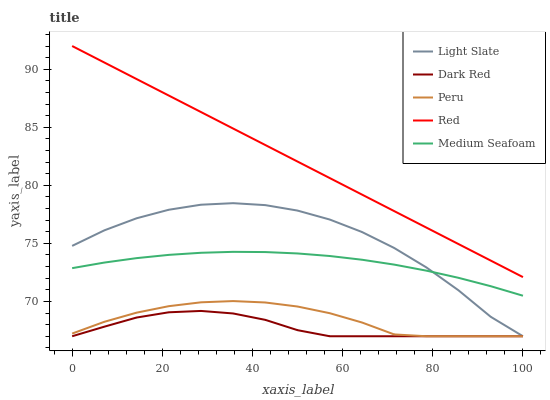
| xaxis_label | Light Slate | Dark Red | Peru | Red | Medium Seafoam |
 | --- | --- | --- | --- | --- | --- |
 | 0 | 74.8 | 67 | 67.2 | 92 | 72.9 |
 | 7.14 | 76.1 | 67.8 | 68.2 | 90.6 | 73.3 |
 | 14.3 | 77.2 | 68.6 | 69 | 89.2 | 73.7 |
 | 21.4 | 77.9 | 69.1 | 69.6 | 87.7 | 74 |
 | 28.6 | 78.3 | 69.2 | 69.9 | 86.3 | 74.2 |
 | 35.7 | 78.5 | 69 | 70 | 84.9 | 74.3 |
 | 42.9 | 78.3 | 68.4 | 69.9 | 83.5 | 74.3 |
 | 50 | 77.8 | 67.5 | 69.6 | 82 | 74.1 |
 | 57.1 | 77.1 | 67 | 69 | 80.6 | 73.9 |
 | 64.3 | 76 | 67 | 68.2 | 79.2 | 73.6 |
 | 71.4 | 74.6 | 67 | 67.2 | 77.8 | 73.2 |
 | 78.6 | 72.9 | 67 | 67 | 76.4 | 72.7 |
 | 85.7 | 71 | 67 | 67 | 74.9 | 72 |
 | 92.9 | 68.7 | 67 | 67 | 73.5 | 71.3 |
 | 100 | 67 | 67 | 67 | 72.1 | 70.5 |